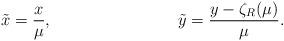
LaTeX: \begin{align*}\tilde{x} &= \frac{x}{\mu}, &\tilde{y} &= \frac{y - \zeta_R(\mu)}{\mu}.\end{align*}